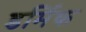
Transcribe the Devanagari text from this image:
डर्मिक